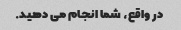
در واقع، شما انجام می دهید.